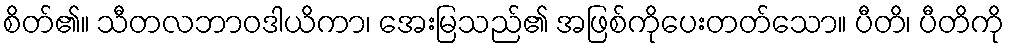
စိတ်၏။ သီတလဘာဝဒါယိကာ၊ အေးမြသည်၏ အဖြစ်ကိုပေးတတ်သော။ ပီတိ၊ ပီတိကို